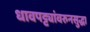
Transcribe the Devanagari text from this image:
धावपट्ट्यांवरुनसुद्धा